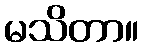
မသိတာ။